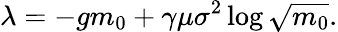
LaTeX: \lambda=-gm_{0}+\gamma\mu\sigma^{2}\log{\sqrt{m_{0}}}.